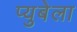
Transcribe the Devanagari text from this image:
प्युबेला